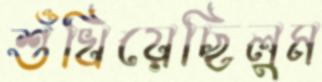
শুঁখিয়েছিলুম